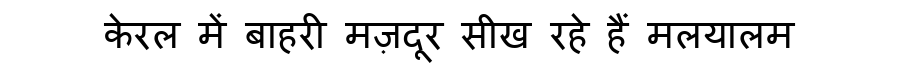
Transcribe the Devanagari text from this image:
केरल में बाहरी मज़दूर सीख रहे हैं मलयालम